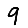
Digit: 9